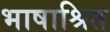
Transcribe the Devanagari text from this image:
भाषाश्रित